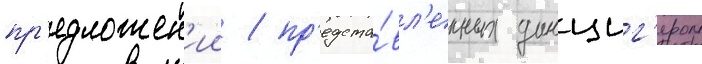
пр'едложен'ии / пр'едста́вл'енных данциг'ером